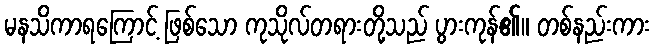
မနသိကာရကြောင့် ဖြစ်သော ကုသိုလ်တရားတို့သည် ပွားကုန်၏။ တစ်နည်းကား